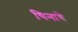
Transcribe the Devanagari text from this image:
चिनाचे